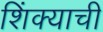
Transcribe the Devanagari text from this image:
शिंक्याची